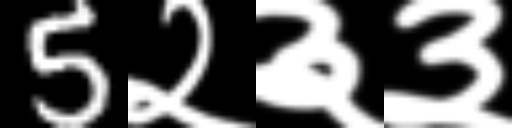
Text: 5२३३